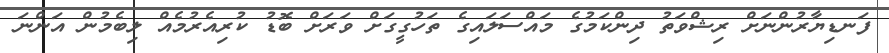
ފަނޑިޔާރުންނަށް ރިޝްވަތު ދިންކަމުގެ މައްސަލައިގެ ތަހުގީގަށް ވަރަށް ބޮޑު ކުރިއެރުމެއް ލިބެމުން އަންނަ